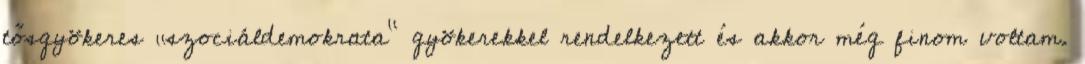
tősgyökeres „szociáldemokrata” gyökerekkel rendelkezett és akkor még finom voltam.